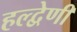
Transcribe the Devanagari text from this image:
हल्द्वेणी